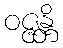
ဝဇ္ဇန္တိ